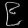
Digit: ၉